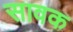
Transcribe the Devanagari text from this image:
सावक